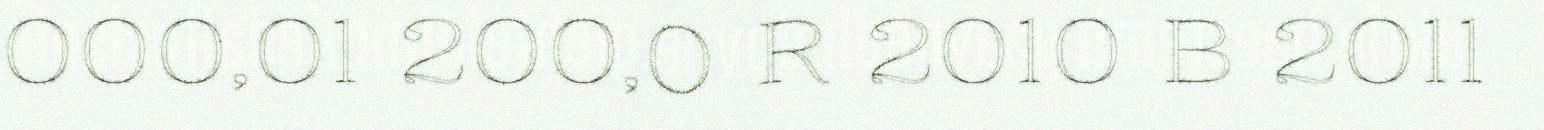
000,01 200,0 R 2010 B 2011